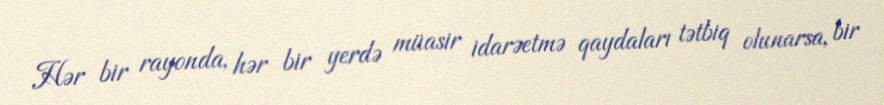
Hər bir rayonda, hər bir yerdə müasir idarəetmə qaydaları tətbiq olunarsa, bir